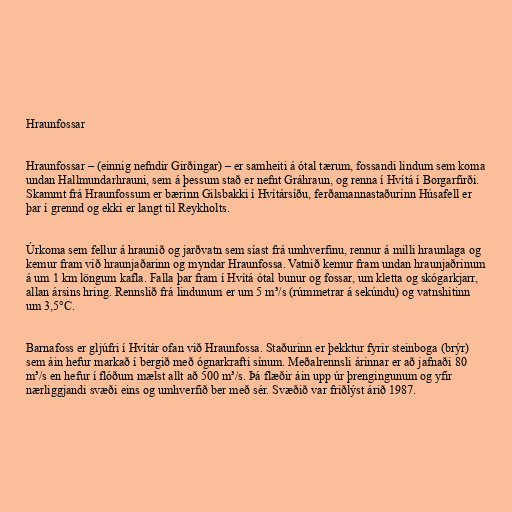
Hraunfossar

Hraunfossar – (einnig nefndir Girðingar) – er samheiti á ótal tærum, fossandi lindum sem koma
undan Hallmundarhrauni, sem á þessum stað er nefnt Gráhraun, og renna í Hvítá í Borgarfirði.
Skammt frá Hraunfossum er bærinn Gilsbakki í Hvítársíðu, ferðamannastaðurinn Húsafell er
þar í grennd og ekki er langt til Reykholts.

Úrkoma sem fellur á hraunið og jarðvatn sem síast frá umhverfinu, rennur á milli hraunlaga og
kemur fram við hraunjaðarinn og myndar Hraunfossa. Vatnið kemur fram undan hraunjaðrinum
á um 1 km löngum kafla. Falla þar fram í Hvítá ótal bunur og fossar, um kletta og skógarkjarr,
allan ársins hring. Rennslið frá lindunum er um 5 m³/s (rúmmetrar á sekúndu) og vatnshitinn
um 3,5°C.

Barnafoss er gljúfri í Hvítár ofan við Hraunfossa. Staðurinn er þekktur fyrir steinboga (brýr)
sem áin hefur markað í bergið með ógnarkrafti sínum. Meðalrennsli árinnar er að jafnaði 80
m³/s en hefur í flóðum mælst allt að 500 m³/s. Þá flæðir áin upp úr þrengingunum og yfir
nærliggjandi svæði eins og umhverfið ber með sér. Svæðið var friðlýst árið 1987.